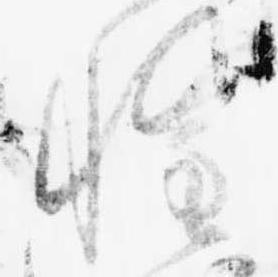
惶